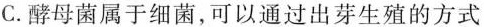
C.酵母菌属于细菌，可以通过出芽生殖的方式